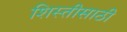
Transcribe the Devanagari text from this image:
शिस्तीसाठी